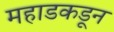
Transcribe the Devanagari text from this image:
महाडकडून